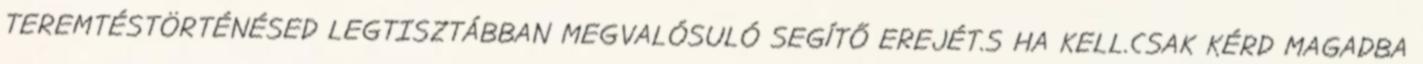
TEREMTÉSTÖRTÉNÉSED LEGTISZTÁBBAN MEGVALÓSULÓ SEGÍTŐ EREJÉT.S HA KELL.CSAK KÉRD MAGADBA